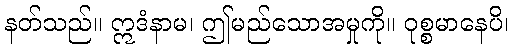
နတ်သည်။ ဣဒံနာမ၊ ဤမည်သောအမှုကို။ ဝုစ္စမာနေပိ၊